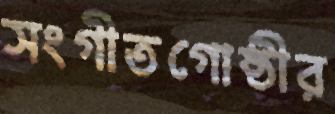
সংগীতগোষ্ঠীর